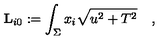
{ \bf L } _ { i 0 } : = \int _ { \Sigma } x _ { i } \sqrt { u ^ { 2 } + T ^ { 2 } } \quad ,